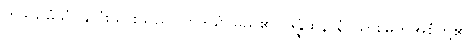
ဟဒယမံသံ၊ နှလုံးသားသည်။ ဟဒယံ၊ မည်၏။ ဒွိန္နံထနာနံ၊ သားမြတ်အစုံတို့၏။